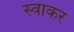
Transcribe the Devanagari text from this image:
स्वाकर